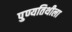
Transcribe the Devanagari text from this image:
पुण्यतिथीला